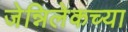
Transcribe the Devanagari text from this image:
जेन्निलेकच्या